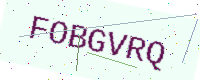
Text: FOBGVRQ